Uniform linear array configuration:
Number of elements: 64
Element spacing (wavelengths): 0.75
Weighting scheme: blackman
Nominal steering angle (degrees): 60
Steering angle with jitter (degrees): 61.692
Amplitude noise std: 0.05
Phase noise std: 0.05

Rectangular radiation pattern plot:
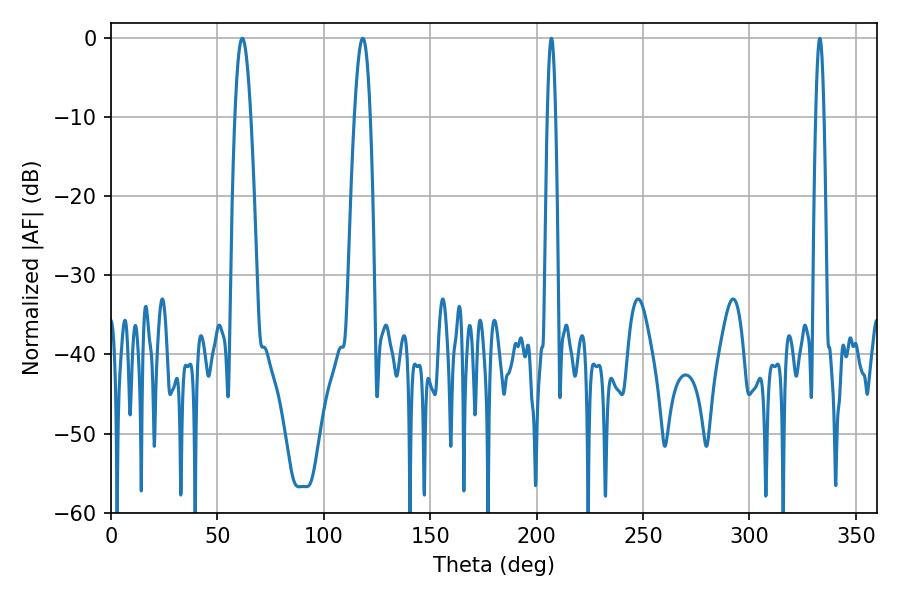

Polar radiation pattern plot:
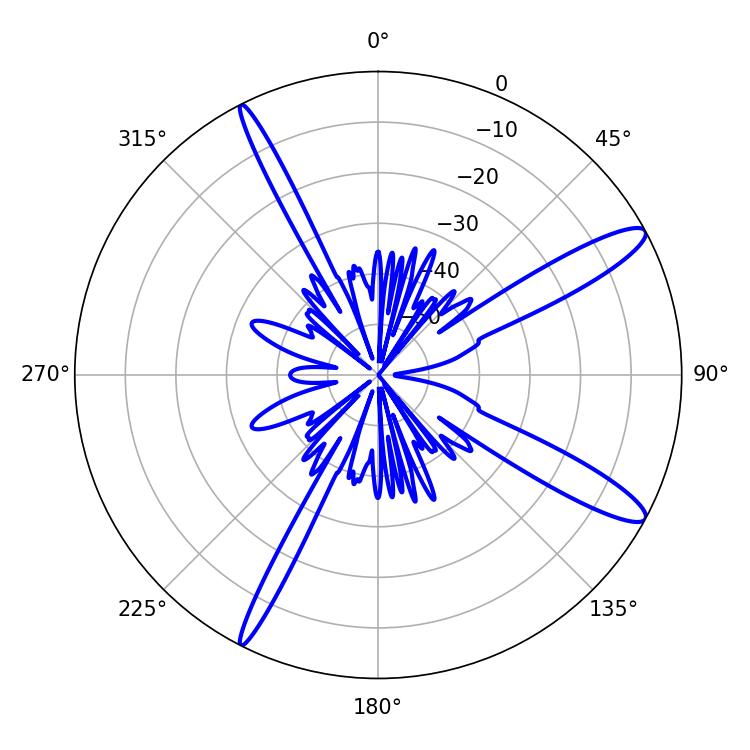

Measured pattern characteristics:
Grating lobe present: TRUE
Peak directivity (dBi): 13.028
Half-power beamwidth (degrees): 3.96
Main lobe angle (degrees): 61.74